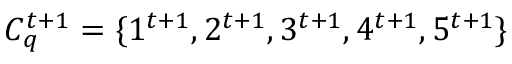
C _ { q } ^ { t + 1 } = \{ 1 ^ { t + 1 } , 2 ^ { t + 1 } , 3 ^ { t + 1 } , 4 ^ { t + 1 } , 5 ^ { t + 1 } \}